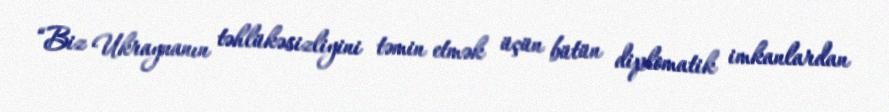
“Biz Ukraynanın təhlükəsizliyini təmin etmək üçün bütün diplomatik imkanlardan